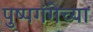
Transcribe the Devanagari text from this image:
पुष्पगंगेच्या